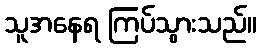
သူအနေရ ကြပ်သွားသည်။